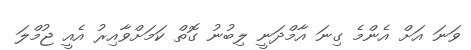
ވަނަ އަށް އެންމެ ގިނަ އާމްދަނީ ލިބުނު ގޮތް ކަމަށްވާއިރު އެއީ ޖުމްލަ